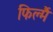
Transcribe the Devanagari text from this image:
फिल्मैं